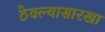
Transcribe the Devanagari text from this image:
ठेवल्यासारखा